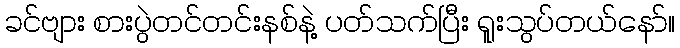
ခင်ဗျား စားပွဲတင်တင်းနစ်နဲ့ ပတ်သက်ပြီး ရူးသွပ်တယ်နော်။